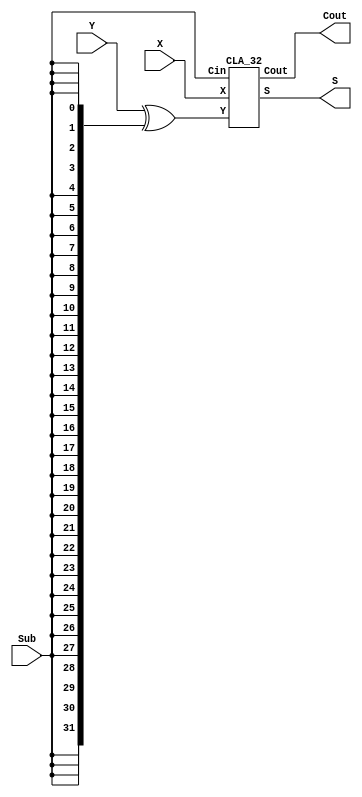
`timescale 1ns / 1ps



module ADDSUB_32(X, Y, Sub, S, Cout);
    input [31:0] X;
    input [31:0] Y; 
    input Sub;
    output [31:0] S;
    output Cout;
    CLA_32 adder0 (X, Y^{32{Sub}}, Sub, S, Cout);  
endmodule

module CLA_32(X, Y, Cin, S, Cout);
input [31:0] X, Y; 
input Cin;   
output [31:0] S;
output Cout;
wire Cout0, Cout1, Cout2, Cout3, Cout4, Cout5, Cout6;    
CLA_4 add0 (X[3:0], Y[3:0], Cin, S[3:0], Cout0);
CLA_4 add1 (X[7:4], Y[7:4], Cout0, S[7:4], Cout1);
CLA_4 add2 (X[11:8], Y[11:8], Cout1, S[11:8], Cout2);
CLA_4 add3 (X[15:12], Y[15:12], Cout2, S[15:12], Cout3);
CLA_4 add4 (X[19:16], Y[19:16], Cout3, S[19:16], Cout4);
CLA_4 add5 (X[23:20], Y[23:20], Cout4, S[23:20], Cout5);
CLA_4 add6 (X[27:24], Y[27:24], Cout5, S[27:24], Cout6);
CLA_4 add7 (X[31:28], Y[31:28], Cout6, S[31:28], Cout);
endmodule 

module CLA_4(X, Y, Cin, S, Cout);
input [3:0] X;
input [3:0] Y;
input Cin;
output [3:0] S;
output Cout;

and get_0_0_0(tmp_0_0_0, X[0], Y[0]);
or get_0_0_1(tmp_0_0_1, X[0], Y[0]);

and get_0_1_0(tmp_0_1_0, X[1], Y[1]);
or get_0_1_1(tmp_0_1_1, X[1], Y[1]);

and get_0_2_0(tmp_0_2_0, X[2], Y[2]);
or get_0_2_1(tmp_0_2_1, X[2], Y[2]);

and get_0_3_0(tmp_0_3_0, X[3], Y[3]);
or get_0_3_1(tmp_0_3_1, X[3], Y[3]);

and get_1_0_0(tmp_1_0_0, ~tmp_0_0_0, tmp_0_0_1);
xor getS0(S0, tmp_1_0_0, Cin);

and get_1_1_0(tmp_1_1_0, ~tmp_0_1_0, tmp_0_1_1);
not get_1_1_1(tmp_1_1_1, tmp_0_0_0);
nand get_1_1_2(tmp_1_1_2, Cin, tmp_0_0_1);
nand get_2_0_0(tmp_2_0_0, tmp_1_1_1, tmp_1_1_2);
xor getS1(S1, tmp_1_1_0, tmp_2_0_0);

and get_1_2_0(tmp_1_2_0, ~tmp_0_2_0, tmp_0_2_1);
not get_1_2_1(tmp_1_2_1, tmp_0_1_0);
nand get_1_2_2(tmp_1_2_2, tmp_0_1_1, tmp_0_0_0);
nand get_1_2_3(tmp_1_2_3, tmp_0_1_1, tmp_0_0_1, Cin);
nand get_2_1_0(tmp_2_1_0, tmp_1_2_1, tmp_1_2_2, tmp_1_2_3);
xor getS2(S2, tmp_1_2_0, tmp_2_1_0);

and get_1_3_0(tmp_1_3_0, ~tmp_0_3_0, tmp_0_3_1);
not get_1_3_1(tmp_1_3_1, tmp_0_2_0);
nand get_1_3_2(tmp_1_3_2, tmp_0_2_1, tmp_0_1_0);
nand get_1_3_3(tmp_1_3_3, tmp_0_2_1, tmp_0_1_1, tmp_0_0_0);
nand get_1_3_4(tmp_1_3_4, tmp_0_2_1, tmp_0_1_1, tmp_0_0_1, Cin);
nand get_2_2_0(tmp_2_2_0, tmp_1_3_1, tmp_1_3_2, tmp_1_3_3, tmp_1_3_4);
xor getS3(S3, tmp_1_3_0, tmp_2_2_0);

not get_1_4_0(tmp_1_4_0, tmp_0_3_0);
nand get_1_4_1(tmp_1_4_1, tmp_0_3_1, tmp_0_2_0);
nand get_1_4_2(tmp_1_4_2, tmp_0_3_1, tmp_0_2_1, tmp_0_1_0);
nand get_1_4_3(tmp_1_4_3, tmp_0_3_1, tmp_0_2_1, tmp_0_1_1, tmp_0_0_0);
nand get_1_4_4(tmp_1_4_4, tmp_0_3_1, tmp_0_2_1, tmp_0_1_1, tmp_0_0_1, Cin);
nand getCout(Cout, tmp_1_4_0, tmp_1_4_1, tmp_1_4_2, tmp_1_4_3,tmp_1_4_4);

assign S = {S3,S2,S1,S0};

endmodule